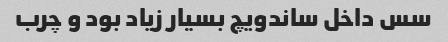
سس داخل ساندویچ بسیار زیاد بود و چرب